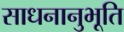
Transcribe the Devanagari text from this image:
साधनानुभूति